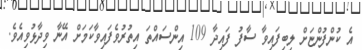
އެ ކުންފުންޏަށް ލިބިފައިވާ ސާފު ފައިދާ 109 އިންސައްތަ އިތުރުވެފައިވާކަމަށް އޭނާ ވިދާޅުވިއެވެ.